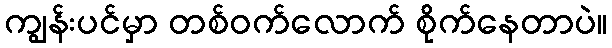
ကျွန်းပင်မှာ တစ်ဝက်လောက် စိုက်နေတာပဲ။